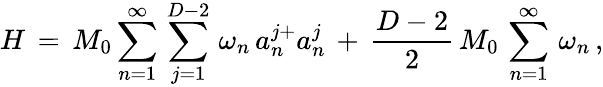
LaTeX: H\, =\, M_{0}\sum_{n=1}^{\infty}\, \sum_{j=1}^{D-2}\, \omega_{n}\, a_{n}^{j+}a_{n}^{j}\, +\, \frac{D-2}{2}\, M_{0}\, \sum_{n=1}^{\infty}\, \omega_{n}\, {,}